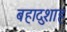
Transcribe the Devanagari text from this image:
बहादुशाह